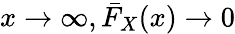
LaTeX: x\to\infty,{\bar{F}}_{X}(x)\to 0